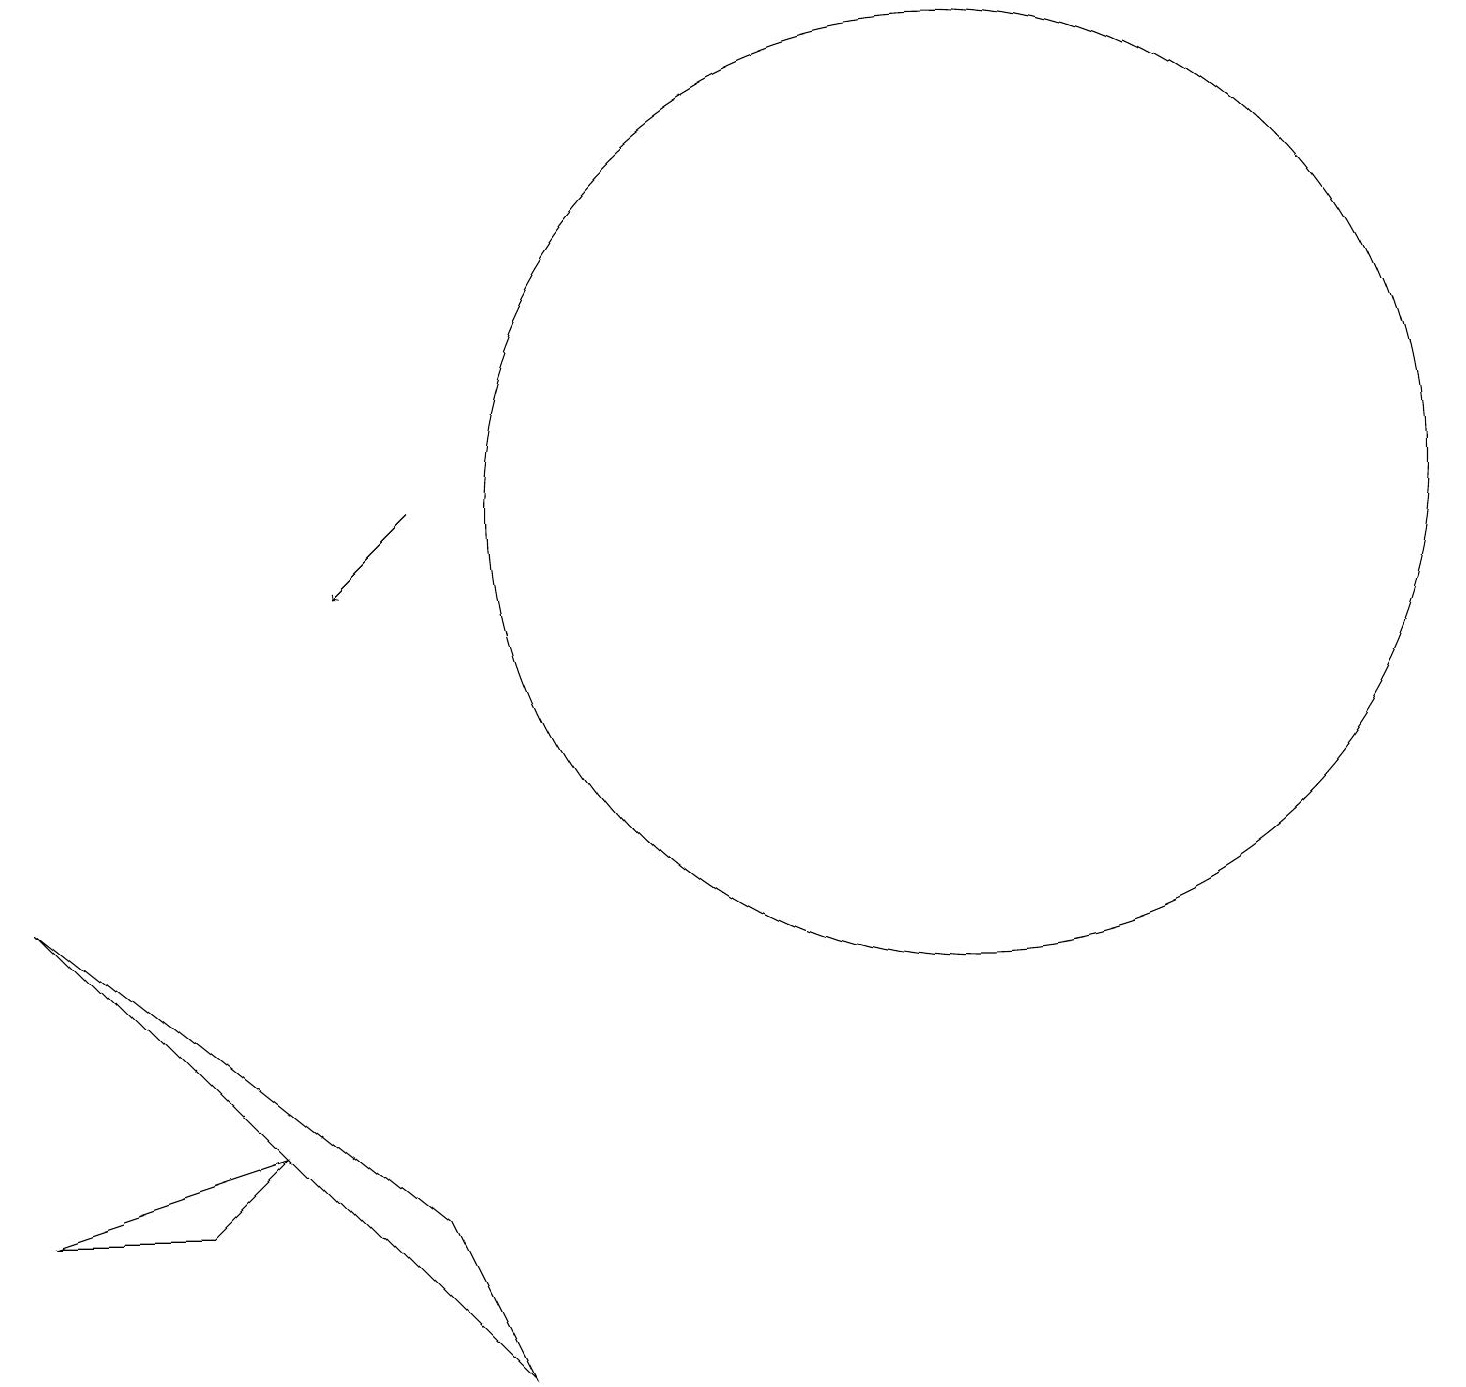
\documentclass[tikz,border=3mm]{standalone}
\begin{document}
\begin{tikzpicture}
\draw (3,3) -- (2,2) -- (0,2) -- cycle;
\draw (0,6) -- (5,2) -- (6,0) -- cycle;
\draw (12,11) circle (6);
\draw[->] (5,11) -- (4,10);
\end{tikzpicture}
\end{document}